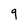
Character: g